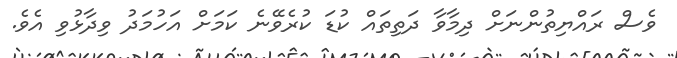
ވެސް ރައްޔިތުންނަށް ދިމާވާ ދަތިތައް ކުޑަ ކުރެވޭނެ ކަމަށް އަހުމަދު ވިދާޅުވި އެވެ.